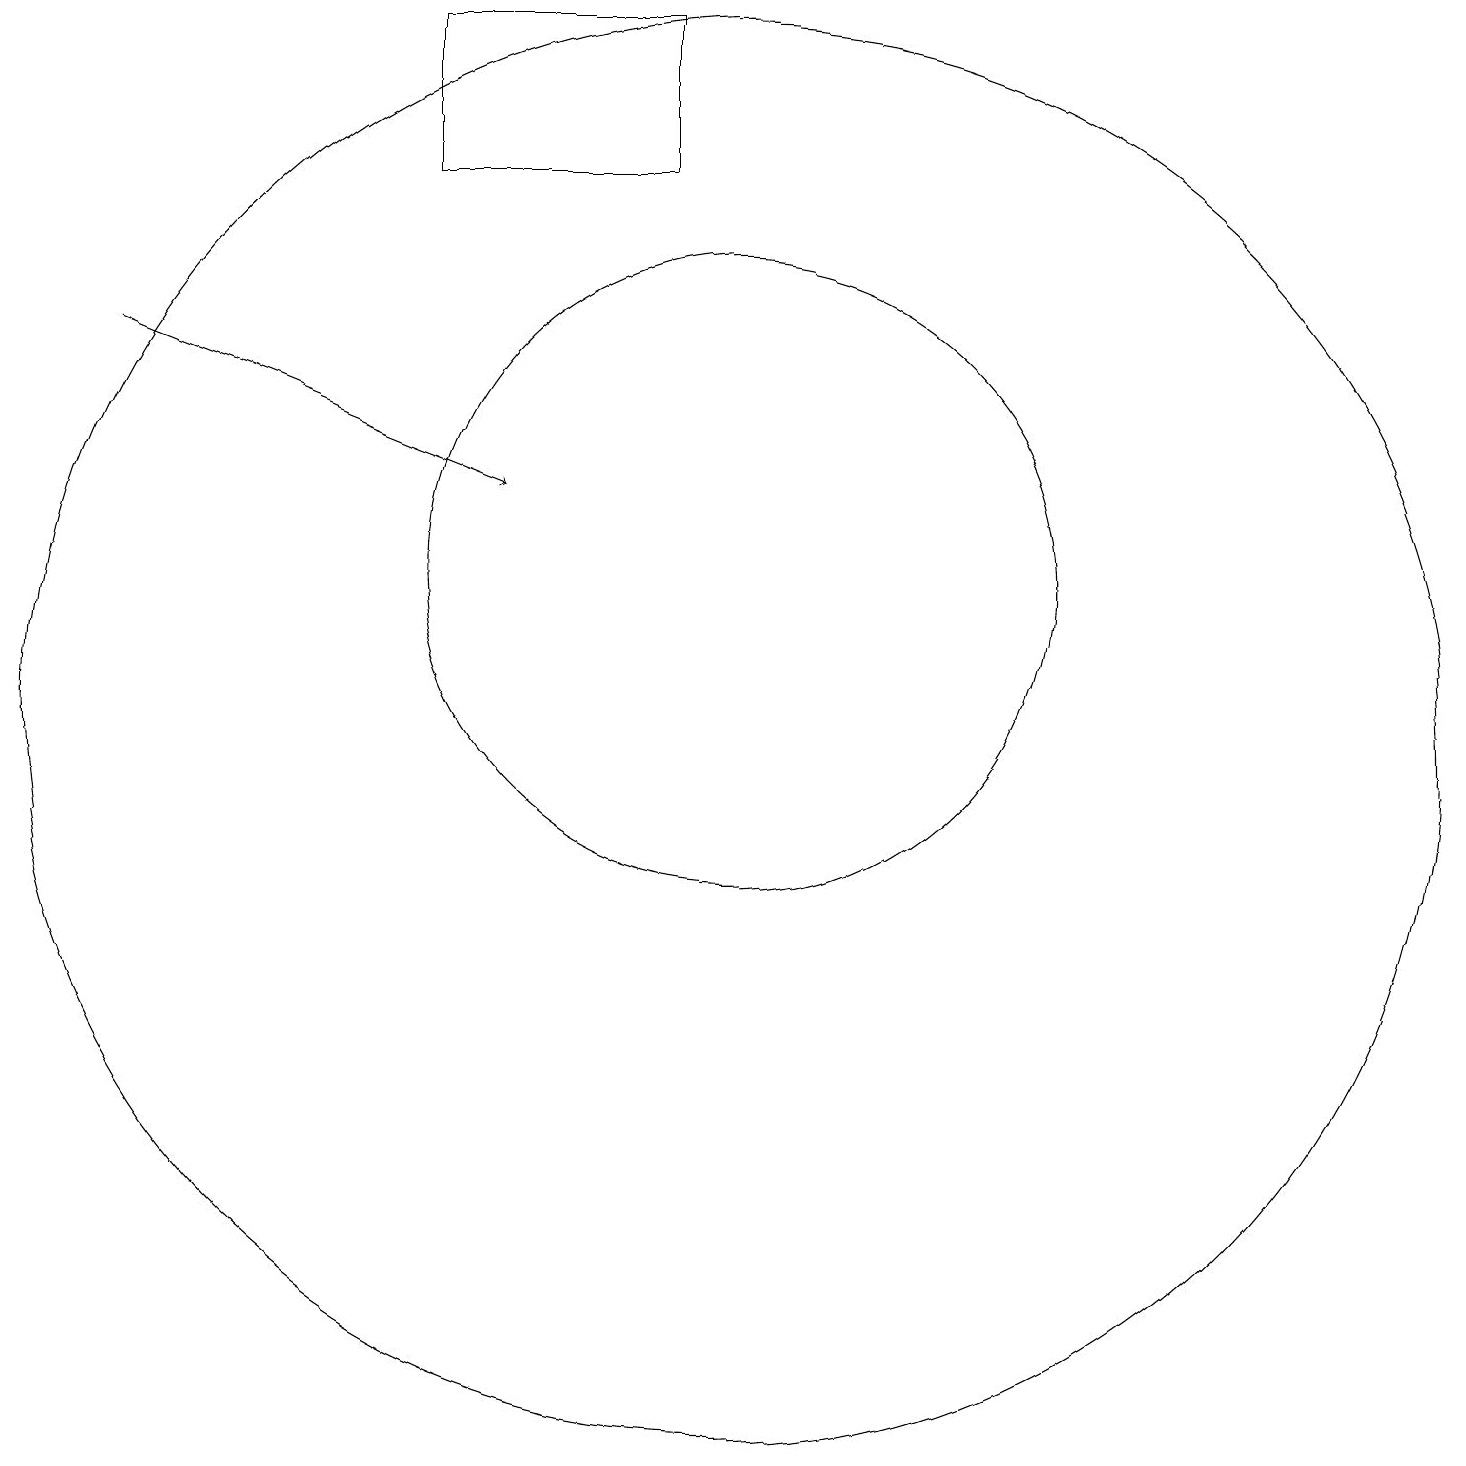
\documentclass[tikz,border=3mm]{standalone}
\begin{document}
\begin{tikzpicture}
\draw (6,19) rectangle (9,17);
\draw[->] (2,15) -- (7,13);
\draw (10,12) circle (4);
\draw (10,10) circle (9);
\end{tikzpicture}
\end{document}